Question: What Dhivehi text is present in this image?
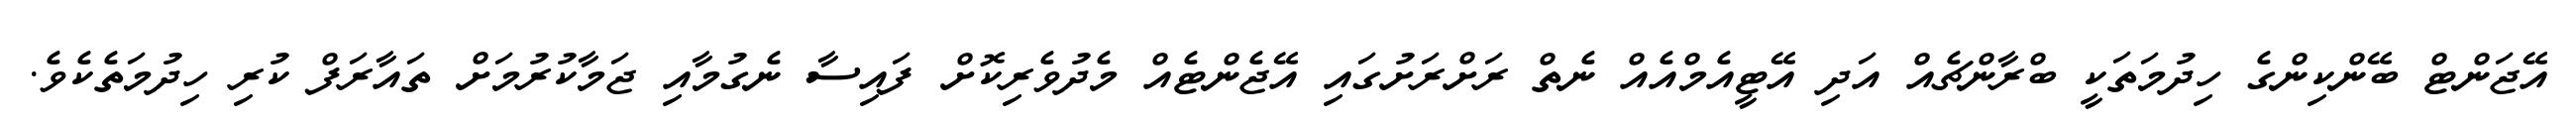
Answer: އޭޖަންޓް ބޭންކިންގެ ހިދުމަތަކީ ބްރާންޗެއް އަދި އޭޓީއެމްއެއް ނެތް ރަށްރަށުގައި އޭޖެންޓެއް މެދުވެރިކޮށް ފައިސާ ނެގުމާއި ޖަމާކުރުމަށް ތައާރަފް ކުރި ހިދުމަތެކެވެ.